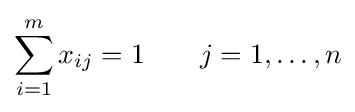
\sum _{i=1}^{m}x_{ij}=1\qquad j=1,\ldots ,n